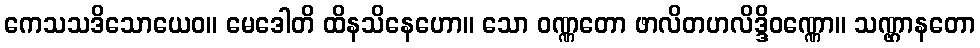
ကေသသဒိသောယေဝ။ မေဒေါတိ ထိနသိနေဟော။ သော ဝဏ္ဏတော ဖာလိတဟလိဒ္ဒိဝဏ္ဏော။ သဏ္ဌာနတော